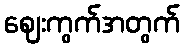
ဈေးကွက်အတွက်